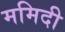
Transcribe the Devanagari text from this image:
ममिदी